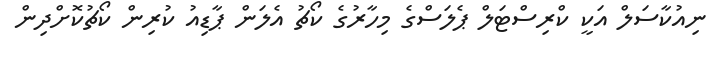
ނިއުކާސަލް އަކީ ކްރިސްޓަލް ޕެލަސްގެ މިހާރުގެ ކޯޗު އެލަން ޕާޑިއު ކުރިން ކޯޗުކޮށްދިން